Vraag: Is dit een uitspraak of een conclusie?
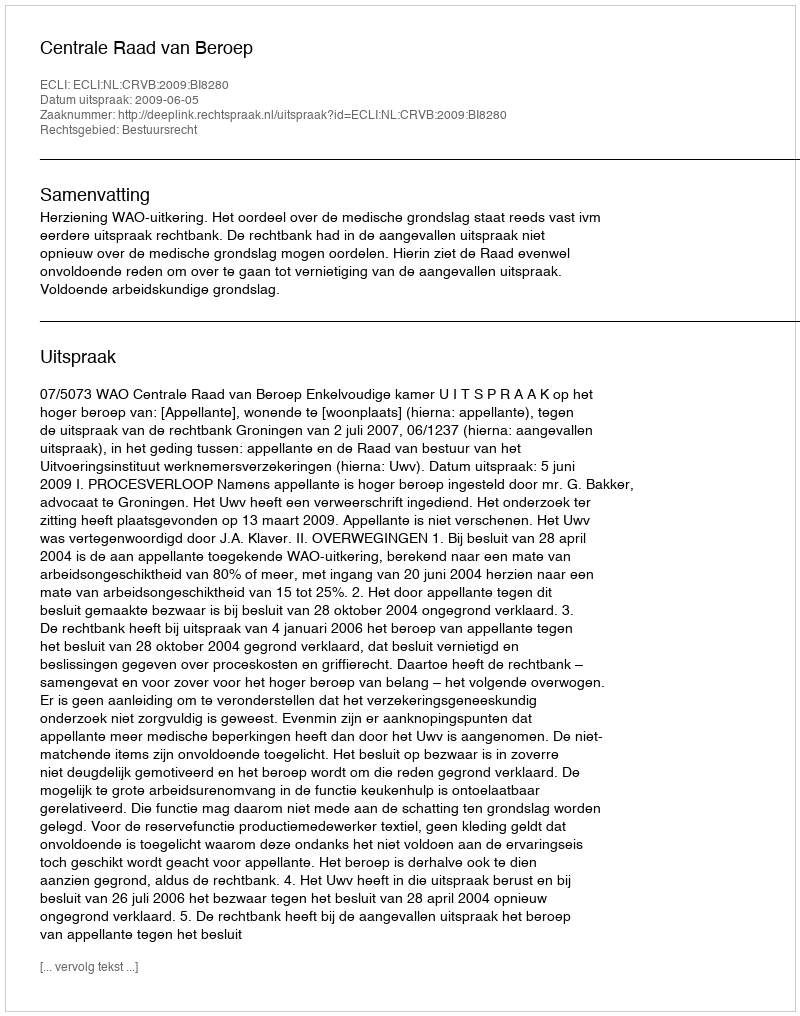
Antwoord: Uitspraak